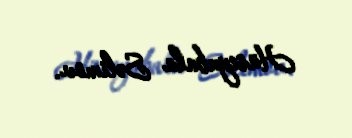
Hüseynbala Səlimov.